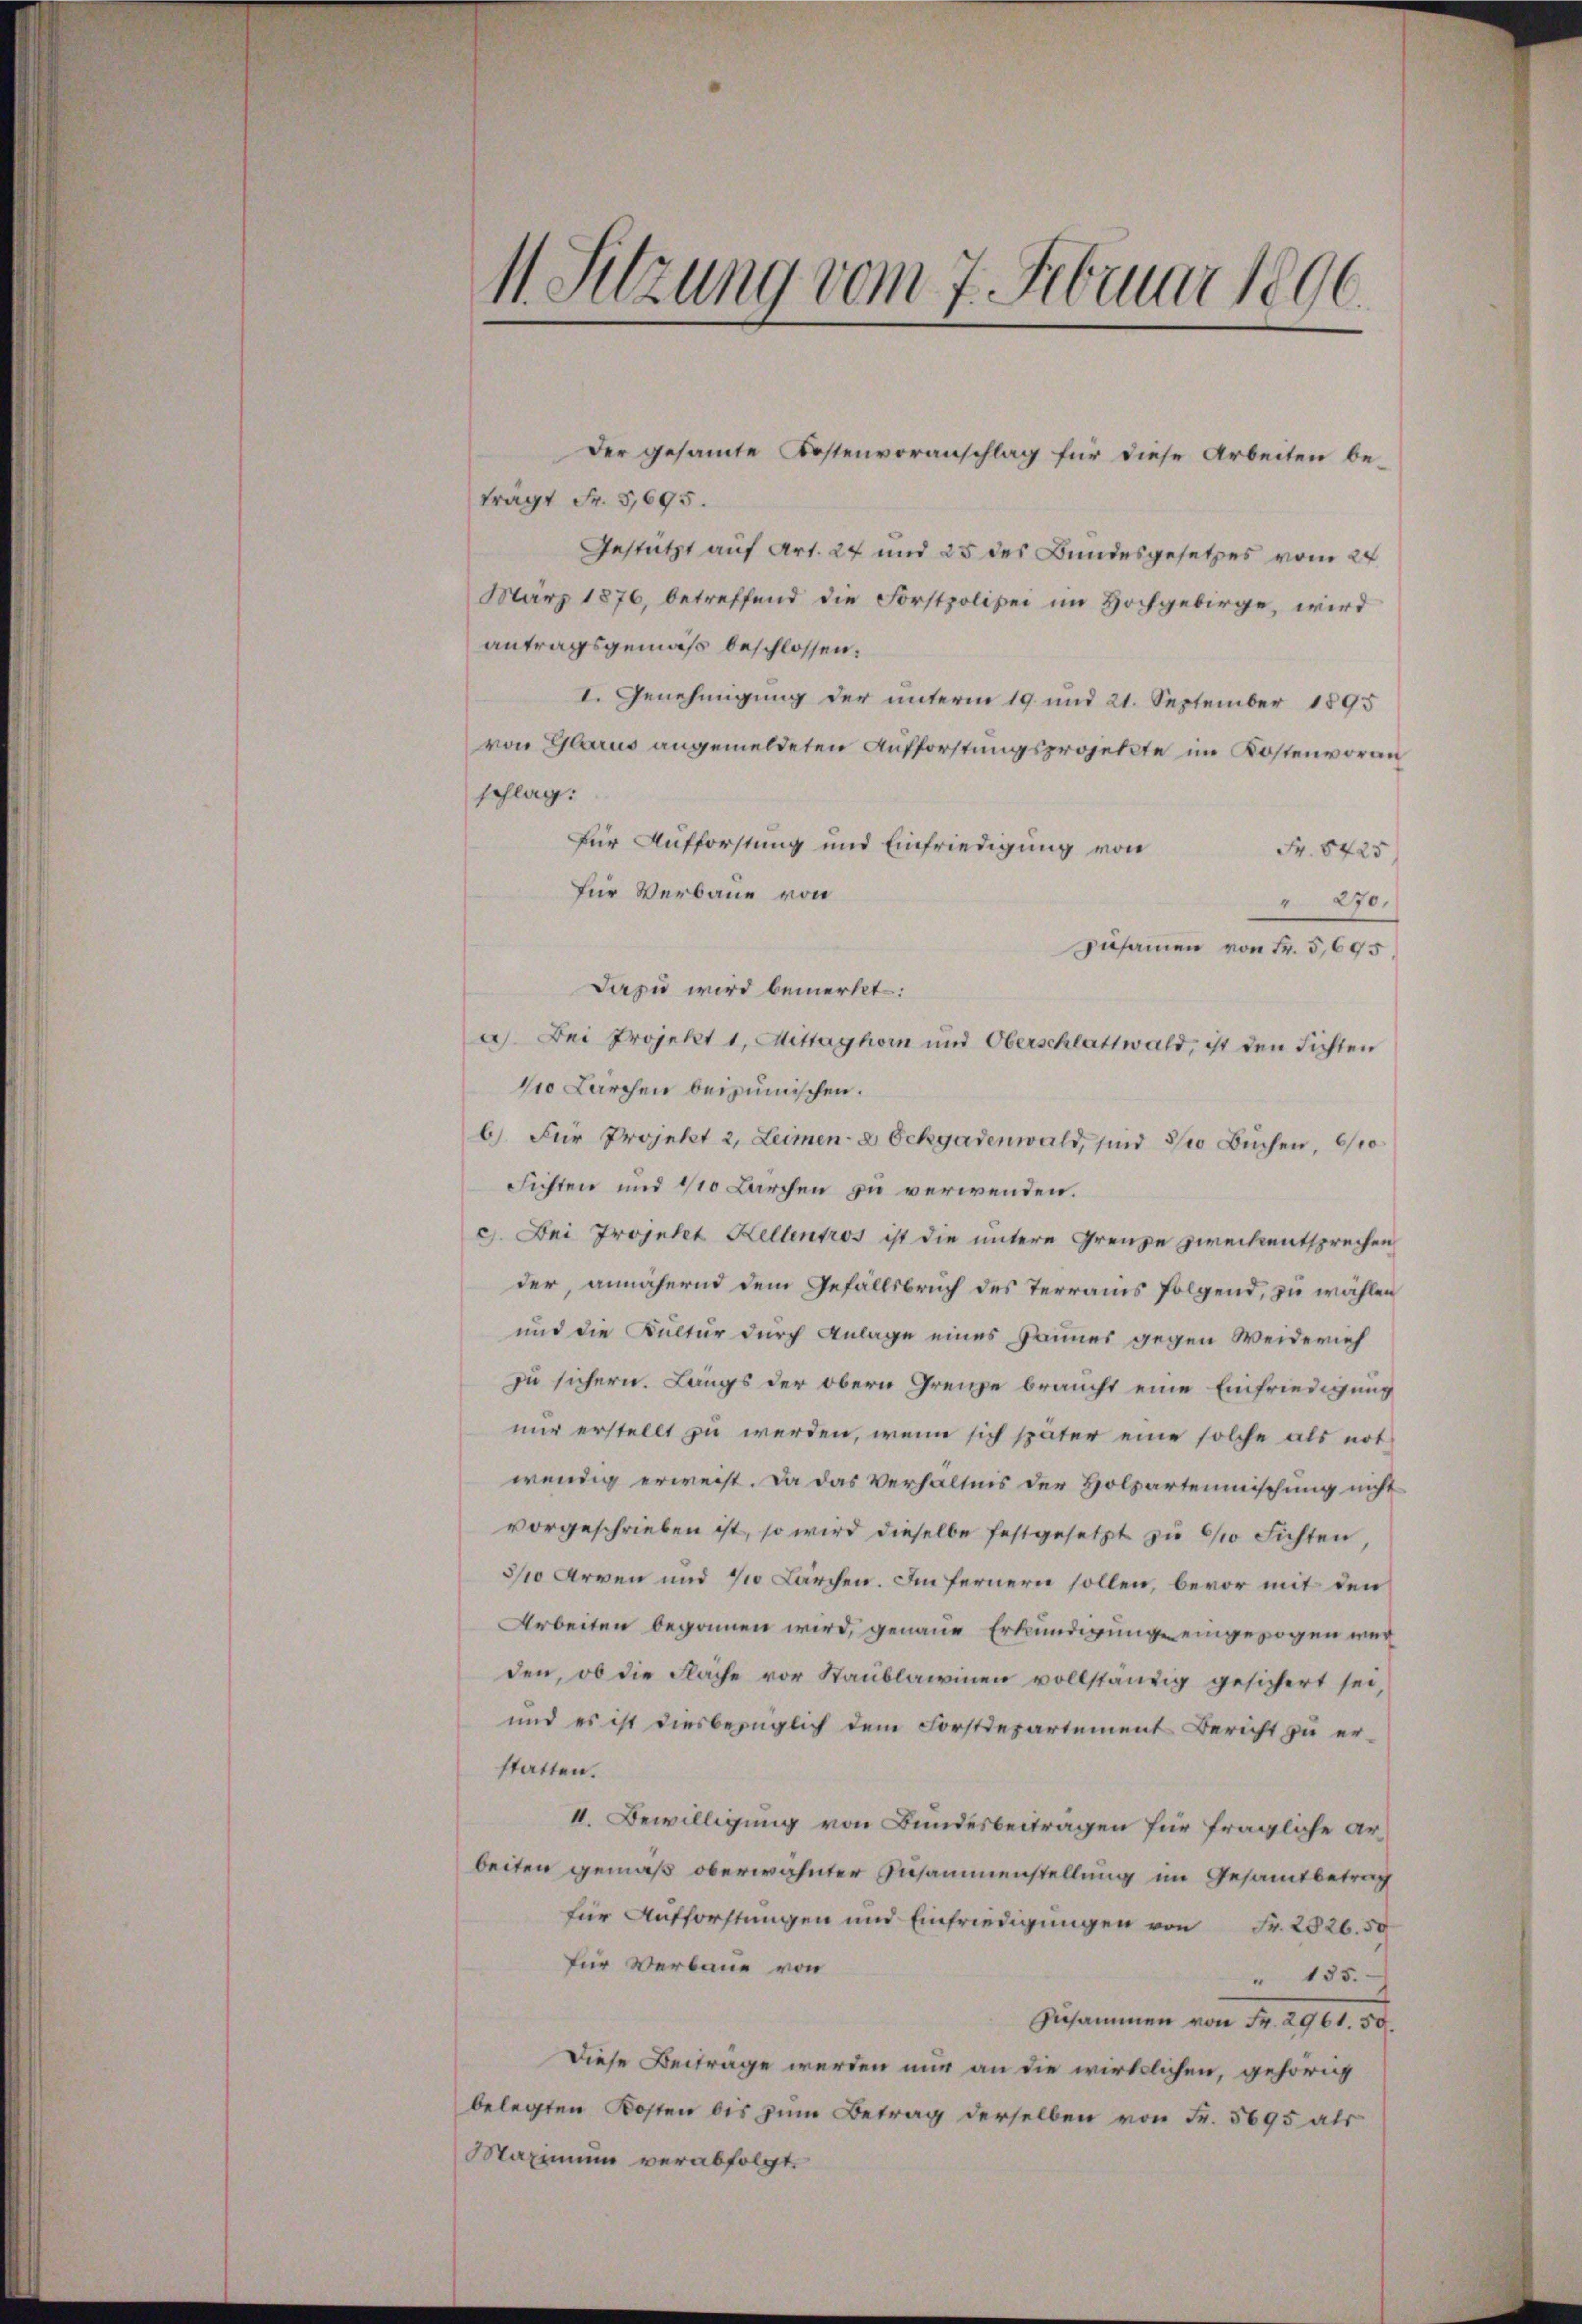
11. Sitzung vom 7. Februar 1896

Der gesammte Kostenvoranschlag für diese Arbeiten be-
trägt Fr. 5,695.
Gestützt auf Art. 24 und 25 des Bundesgesetzes vom 24.
März 1876, betreffend die Forstpolizei im Hochgebirge, wird
antragsgemäß beschlossen:
I. Genehmigung der unterm 19. und 21. September 1895
von Glarus angemeldeten Aufforstungsprojekte im Kostenvoran
schlag.
für Aufforstung und Einfriedigung von
Fr. 8425
Für Verbaue von
" 270.
Zusammen von Fr. 5,695.
Dazu wird bemerkt:
a) Bei Projekt 1, Mittaghorn und Oberschlattwald, ist den sichten
110 Lärchen beizumischen.
b) Für Projekt 2, Leimen-a Ochgadenwald, sind 30 Büchen, 6/10
Fichten und 410 Larchen zu verwenden.
c). Bei Projekt Kellentros ist die untere Grenze zweckentsprechen
der, annähernd dem Gefällsbruch des Terrains folgend, zu wählen
und die Kultur durch Anlage eines Jannes gegen Weiderich
zu sichern. Längs der obern Grenze braucht eine Einfriedigung
nur erstellt zu werden, wenn sich später eine solche als not
wendig erweist. Da das Verhältnis der Holzartenmischung nicht
vorgeschrieben ist, so wird dieselbe festgesetzt zu so sichten
3/10 Arren und 11 Lärchen. Im fernern sollen, bevor mit den
Arbeiten begonnen wird, genaue Erkundigung eingezogen wer
den, ob die Fläche vor Staublawinen vollständig gesichert sei,
und es ist diesbezüglich dem Forstdepartement Bericht zu er-
statten.
II. Bewilligung von Bundesbeiträgen für fragliche Arbeiten gemäß oberwähnter Zusammenstellung im Gesamtbetrag
für Aufforstungen und Einfriedigungen von Fr. 2826. 59
für Verbaue von
" 135.
Zusammen von Fr. 2961. 50.
Diese Beiträge werden nur an die wirklichen, gehörig
belegten Kosten bis zum Betrag derselben von Fr. 5695 als
Maximum verabfolgt.